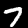
Digit: 7